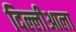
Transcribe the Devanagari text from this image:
दिल्लीआला